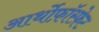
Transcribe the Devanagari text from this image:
आर्थोफ़ॉस्फ़ेट